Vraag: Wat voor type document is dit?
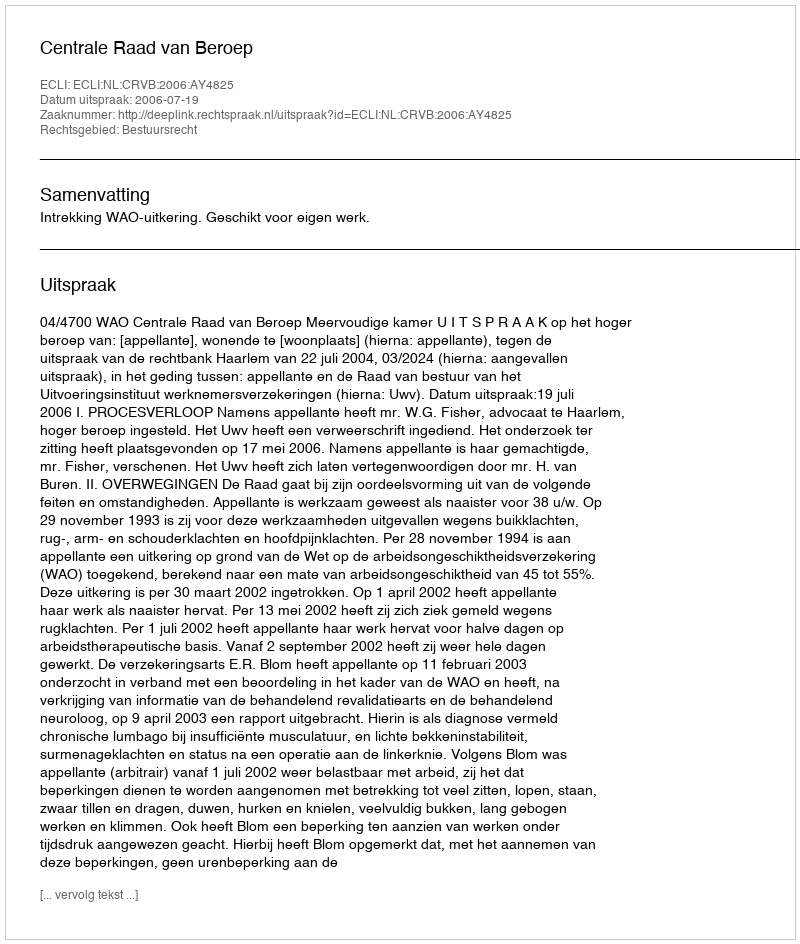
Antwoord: Uitspraak